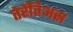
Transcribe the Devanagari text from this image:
तेरेंतिअस